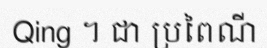
Qing ។ ជា ប្រពៃណី